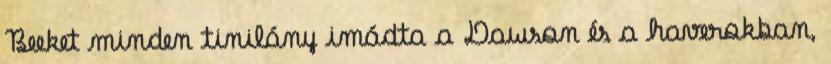
Beeket minden tinilány imádta a Dawson és a haverokban,